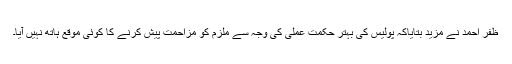
ظفر احمد نے مزید بتایاکہ پولیس کی بہتر حکمت عملی کی وجہ سے ملزم کو مزاحمت پیش کرنے کا کوئی موقع ہاتھ نہیں آیا۔